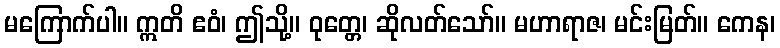
မကြောက်ပါ။ ဣတိ ဧဝံ၊ ဤသို့။ ဝုတ္တေ၊ ဆိုလတ်သော်။ မဟာရာဇ၊ မင်းမြတ်။ ကေန၊